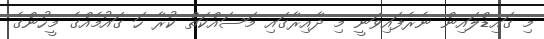
މި ގައިޑްލައިން ނެރެފައިވަނީ މި ދާއިރާގައި މަސައްކަތް ކުރާ ހަ ގައުމެއްގެ މީހުންގެ